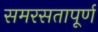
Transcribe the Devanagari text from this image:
समरसतापूर्ण